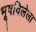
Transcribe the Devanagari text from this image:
भूषविलेला